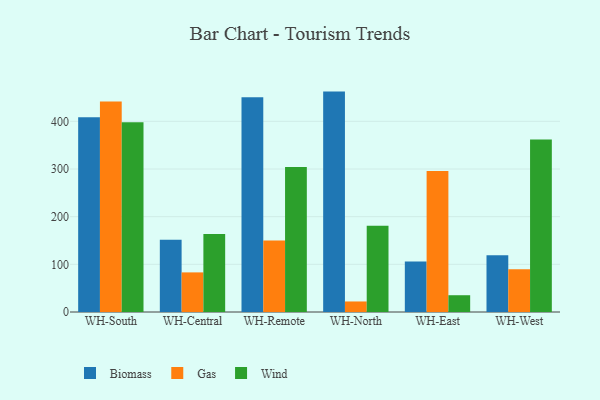
{"axis": {"x": "Warehouse", "y": "LTV (USD)"}, "legend": ["Biomass", "Gas", "Wind"], "data": [{"x": "WH-South", "y": 408.4, "type": "Biomass"}, {"x": "WH-South", "y": 441.5, "type": "Gas"}, {"x": "WH-South", "y": 398.2, "type": "Wind"}, {"x": "WH-Central", "y": 151.4, "type": "Biomass"}, {"x": "WH-Central", "y": 83.1, "type": "Gas"}, {"x": "WH-Central", "y": 163.5, "type": "Wind"}, {"x": "WH-Remote", "y": 450.5, "type": "Biomass"}, {"x": "WH-Remote", "y": 150.2, "type": "Gas"}, {"x": "WH-Remote", "y": 304.2, "type": "Wind"}, {"x": "WH-North", "y": 462.4, "type": "Biomass"}, {"x": "WH-North", "y": 22.1, "type": "Gas"}, {"x": "WH-North", "y": 180.9, "type": "Wind"}, {"x": "WH-East", "y": 106.1, "type": "Biomass"}, {"x": "WH-East", "y": 295.7, "type": "Gas"}, {"x": "WH-East", "y": 35.2, "type": "Wind"}, {"x": "WH-West", "y": 118.9, "type": "Biomass"}, {"x": "WH-West", "y": 89.6, "type": "Gas"}, {"x": "WH-West", "y": 361.8, "type": "Wind"}]}